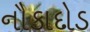
નૌકાદોડ